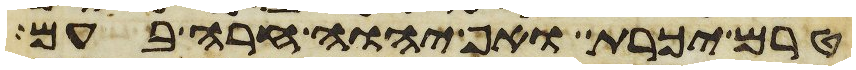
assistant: טרם יכרת ואף יהוה חרה בעם